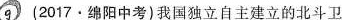
⑨ (2017.绵阳中考)我国独立自主建立的北斗卫